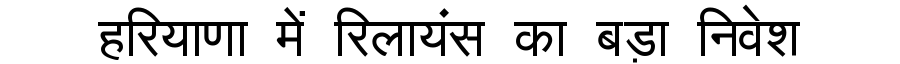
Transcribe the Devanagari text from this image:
हरियाणा में रिलायंस का बड़ा निवेश